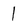
Character: 1